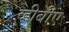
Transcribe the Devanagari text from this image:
व्हीबीए